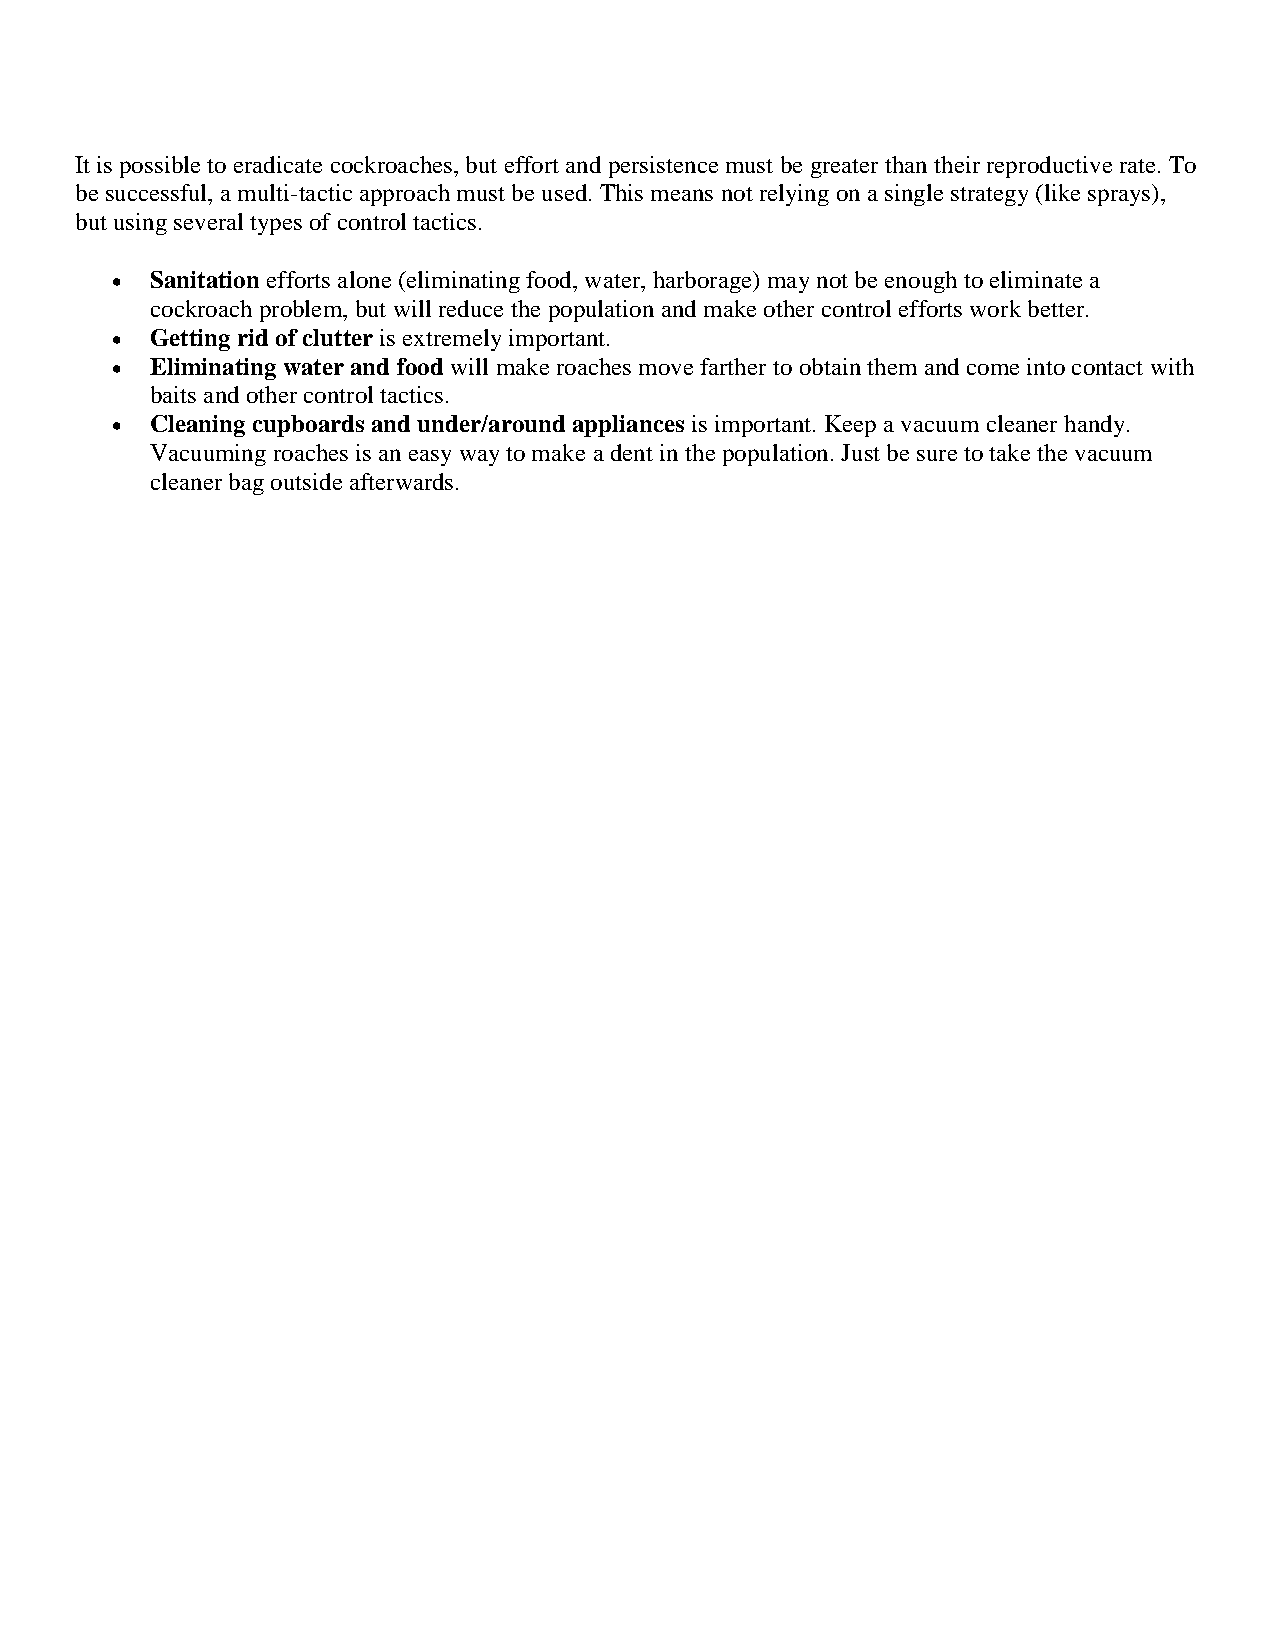
It is possible to eradicate cockroaches, but effort and persistence must be greater than their reproductive rate. To
 be successful, a multi-tactic approach must be used. This means not relying on a single strategy (like sprays),
 but using several types of control tactics.
   Sanitation efforts alone (eliminating food, water, harborage) may not be enough to eliminate a
 cockroach problem, but will reduce the population and make other control efforts work better.
   Getting rid of clutter is extremely important.
   Eliminating water and food will make roaches move farther to obtain them and come into contact with
 baits and other control tactics.
   Cleaning cupboards and under/around appliances is important. Keep a vacuum cleaner handy.
 Vacuuming roaches is an easy way to make a dent in the population. Just be sure to take the vacuum
 cleaner bag outside afterwards.